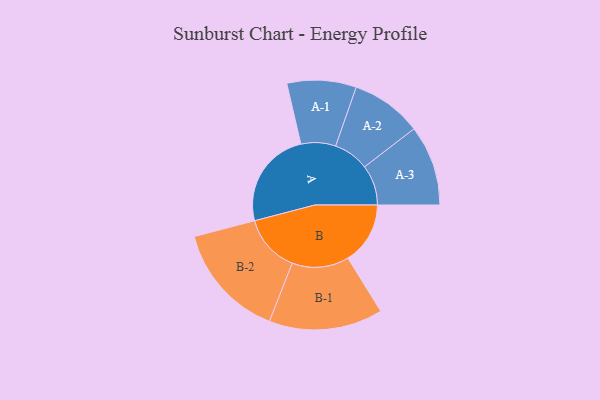
{"axis": {"x": "Segment", "y": "Value"}, "legend": ["", "A", "B"], "data": [{"x": "A", "y": 453, "type": ""}, {"x": "B", "y": 288, "type": ""}, {"x": "A-1", "y": 160, "type": "A"}, {"x": "A-2", "y": 164, "type": "A"}, {"x": "A-3", "y": 186, "type": "A"}, {"x": "B-1", "y": 263, "type": "B"}, {"x": "B-2", "y": 267, "type": "B"}]}